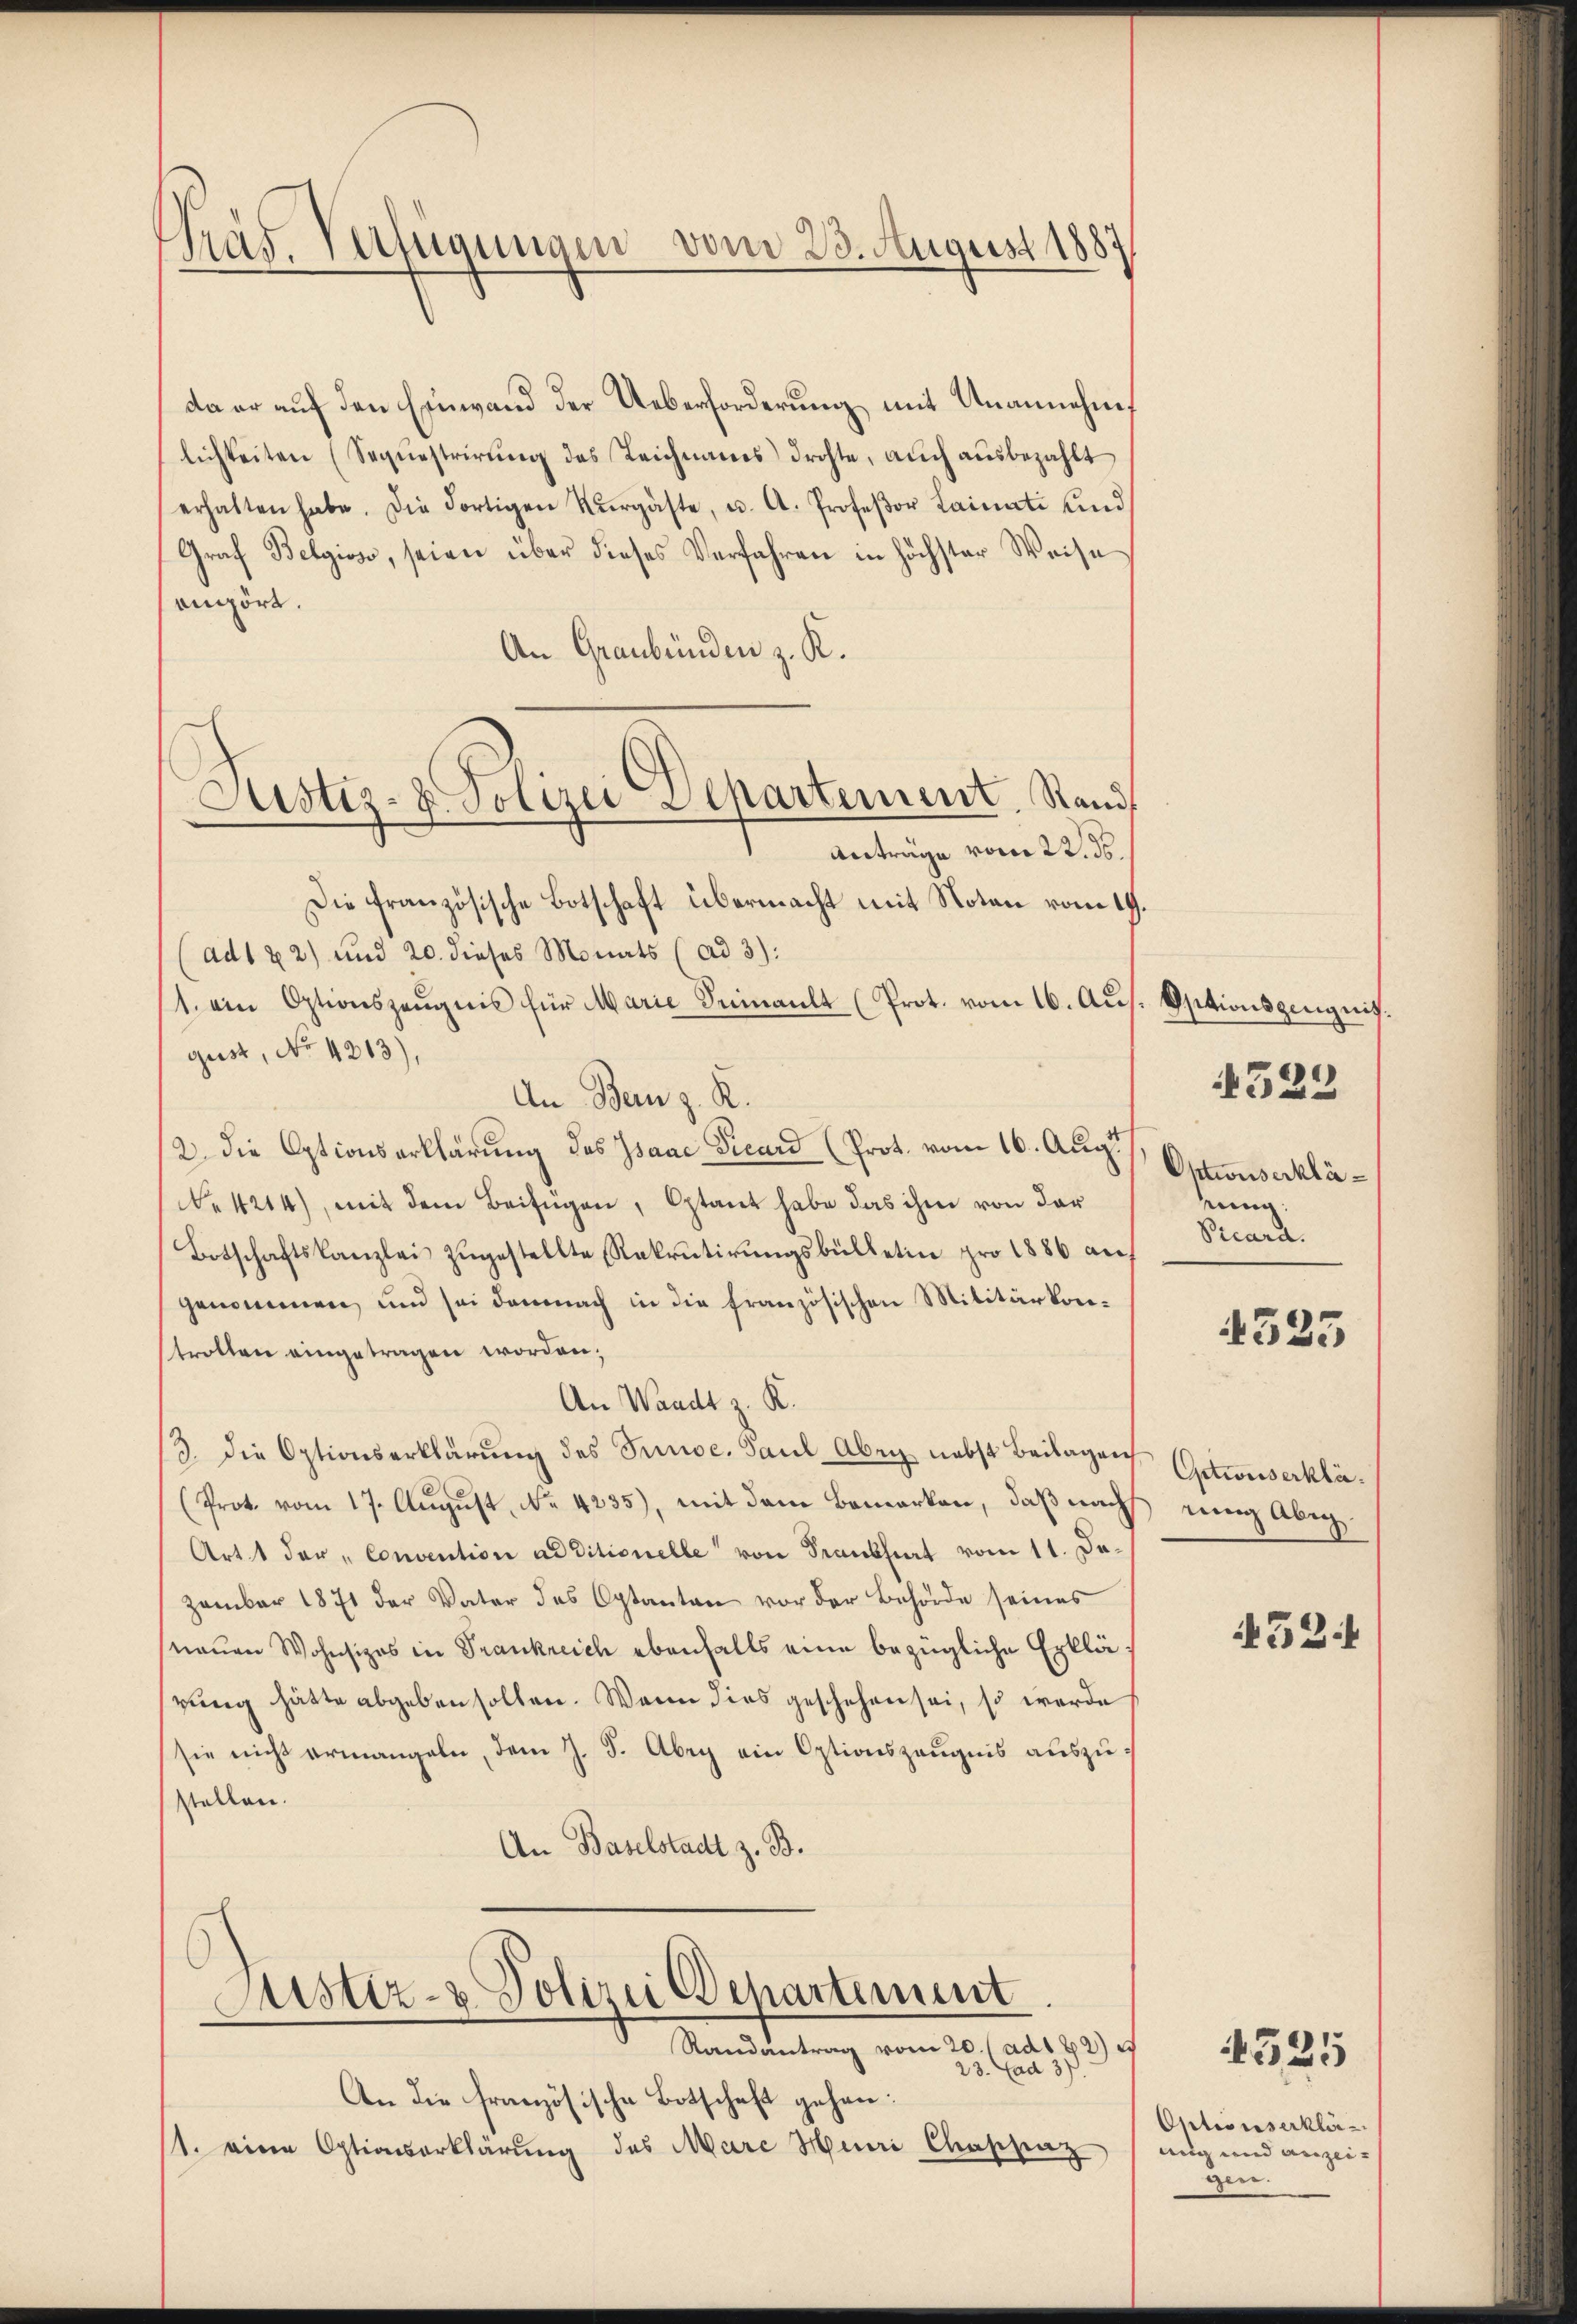
ras. Verfügungen vom 23. August 1887

da er auf den Einwand der Ueberforderung mit Unannehm
lichkeiten (Sequestrirŭng des Leichnames drohte, aŭch aŭsbezahlt
erhalten habe. Die dortigen Rŭrgäste, u. A. Profeßor Lainati und
Graf Belgios, seien über dieses Verfahren in höchster Weise
enört.
An Graubünden z. K.
Anträge vom 22. ds.
Die französische Botschaft übermacht mit Noten vom 19.
ad1 22) und 20. dieses Monats (ad 3):
1. ein Optionszeŭgnis für Marie Seinault (Prot. vom 16. Aus. Optionszeugnis.
gust, No 4213),
An Bern z. K.
2. Die Optionserklärung des Isaae Vicard (Prot. vom 16. Aug.
No 4214), mit dem Beifügen, Optant habe das ihm von der
Botschaftskanzlei zŭgestellte Rekrutirŭngsbülletin pro 1886 auf
genommen, und sei demnach in die französischen Militärkonstrollen eingetragen worden;
An Waadt z. K.
3. die Optionserklärŭng des Preise. Paul Aber nebst Beilagen Getrousserklä¬
(Prot. vom 17. August, No. 4235), mit dem Bemerken, daß nach
Art. 1 der „Convention additionelle von Frankheit vom 11. Dazember 1871 der Vater des Optanten vor der Behörde seines
(neuen Wohnsizes in Trankreich ebenfalls eine bezügliche Erklärung hätte abgeben sollen. Wenn dies geschehen sei, so werde
sie nicht ermangeln, dem J. J. Abeg ein Optionszeugnis auszustellen.
An Baselstadt z. B.
Justiz- & Polizei Departement
Randantrag vom 20./ ad182) e
23. Cad 37.
An die französische Botschaft gehen:
st. eine Optiasserklärung des Marc Henri Chappaz

Justiz- & Polizei Departement. Stand

Optionserkläung
Preard.
41525

4323

rung Abig.

452

Optionserklä
ang und anzeigen.

1525